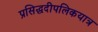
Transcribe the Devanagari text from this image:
प्रसिद्धदीपलिकयात्र